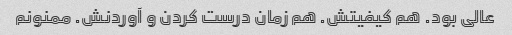
عالی بود. هم کیفیتش. هم زمان درست کردن و آوردنش. ممنونم